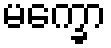
မက္ခော